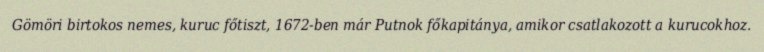
Gömöri birtokos nemes, kuruc főtiszt, 1672-ben már Putnok főkapitánya, amikor csatlakozott a kurucokhoz.